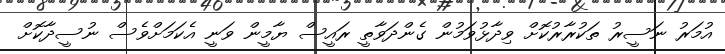
އުމަރު ނަސީރު ތަކުރާރުކޮށް ވިދާޅުވަމުން ގެންދަވާތީ ރައީސް ޔާމީން ވަނީ އެކަމަށްވެސް ނުސީދާކޮށް